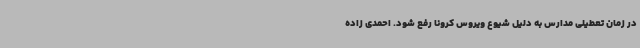
در زمان تعطیلی مدارس به دلیل شیوع ویروس کرونا رفع شود. احمدی زاده